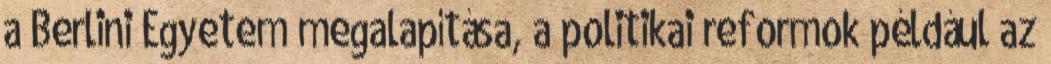
a Berlini Egyetem megalapítása, a politikai reformok például az